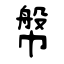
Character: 幋